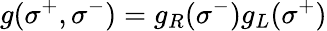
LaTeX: g(\sigma^{+},\sigma^{-})=g_{R}(\sigma^{-})g_{L}(\sigma^{+})